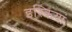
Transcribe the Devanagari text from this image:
इश्कियां